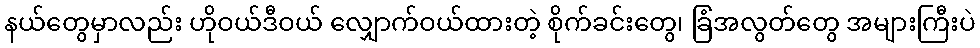
နယ်တွေမှာလည်း ဟိုဝယ်ဒီဝယ် လျှောက်ဝယ်ထားတဲ့ စိုက်ခင်းတွေ၊ ခြံအလွတ်တွေ အများကြီးပဲ